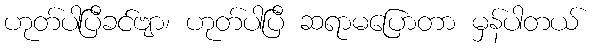
ဟုတ်ပါပြီခင်ဗျာ၊ ဟုတ်ပါပြီ ဆရာမပြောတာ မှန်ပါတယ်